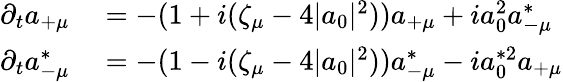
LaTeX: \begin{array}{rl}{\partial_{t}a_{+\mu}}&{{}=-(1+i(\zeta_{\mu}-4|a_{0}|^{2}))a_{+\mu}+ia_{0}^{2}a_{-\mu}^{*}}\\ {\partial_{t}a_{-\mu}^{*}}&{{}=-(1-i(\zeta_{\mu}-4|a_{0}|^{2}))a_{-\mu}^{*}-ia_{0}^{*2}a_{+\mu}}\end{array}